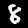
Digit: 8